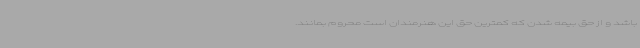
باشد و از حق بیمه شدن که کمترین حق این هنرمندان است محروم بمانند.